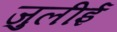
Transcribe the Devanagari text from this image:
जुलीई